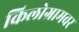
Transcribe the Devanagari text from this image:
किलोग्रामवर